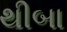
થીબા